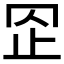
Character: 𣥙